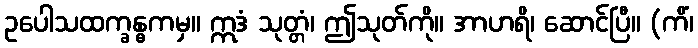
ဥပေါသထက္ခန္ဓကမှ။ ဣဒံ သုတ္တံ၊ ဤသုတ်ကို။ အာဟရိ၊ ဆောင်ပြီ။ (ကိံ၊